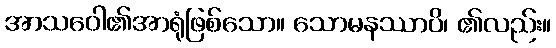
အာသဝေါ၏အာရုံဖြစ်သော။ သောမနဿာပိ၊ ၏လည်း။